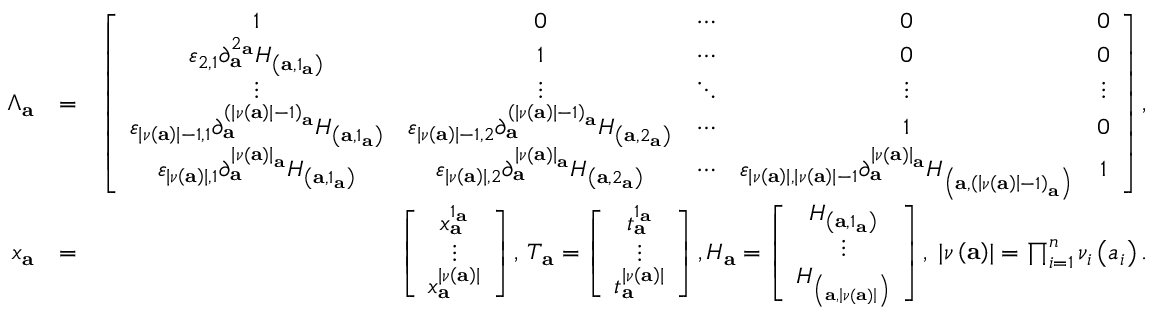
\begin{array} { r l r } { \Lambda _ { \mathbf { a } } } & { = } & { \left[ \begin{array} { c c c c c } { 1 } & { 0 } & { \cdots } & { 0 } & { 0 } \\ { \varepsilon _ { 2 , 1 } \partial _ { \mathbf { a } } ^ { 2 _ { \mathbf { a } } } H _ { \left( \mathbf { a , } 1 _ { \mathbf { a } } \right) } } & { 1 } & { \cdots } & { 0 } & { 0 } \\ { \vdots } & { \vdots } & { \ddots } & { \vdots } & { \vdots } \\ { \varepsilon _ { \left\vert \nu \left( \mathbf { a } \right) \right\vert - 1 , 1 } \partial _ { \mathbf { a } } ^ { \left( \left\vert \nu \left( \mathbf { a } \right) \right\vert - 1 \right) _ { \mathbf { a } } } H _ { \left( \mathbf { a , } 1 _ { \mathbf { a } } \right) } } & { \varepsilon _ { \left\vert \nu \left( \mathbf { a } \right) \right\vert - 1 , 2 } \partial _ { \mathbf { a } } ^ { \left( \left\vert \nu \left( \mathbf { a } \right) \right\vert - 1 \right) _ { \mathbf { a } } } H _ { \left( \mathbf { a , } 2 _ { \mathbf { a } } \right) } } & { \cdots } & { 1 } & { 0 } \\ { \varepsilon _ { \left\vert \nu \left( \mathbf { a } \right) \right\vert , 1 } \partial _ { \mathbf { a } } ^ { \left\vert \nu \left( \mathbf { a } \right) \right\vert _ { \mathbf { a } } } H _ { \left( \mathbf { a , } 1 _ { \mathbf { a } } \right) } } & { \varepsilon _ { \left\vert \nu \left( \mathbf { a } \right) \right\vert , 2 } \partial _ { \mathbf { a } } ^ { \left\vert \nu \left( \mathbf { a } \right) \right\vert _ { \mathbf { a } } } H _ { \left( \mathbf { a , } 2 _ { \mathbf { a } } \right) } } & { \cdots } & { \varepsilon _ { \left\vert \nu \left( \mathbf { a } \right) \right\vert , \left\vert \nu \left( \mathbf { a } \right) \right\vert - 1 } \partial _ { \mathbf { a } } ^ { \left\vert \nu \left( \mathbf { a } \right) \right\vert _ { \mathbf { a } } } H _ { \left( \mathbf { a , } \left( \left\vert \nu \left( \mathbf { a } \right) \right\vert - 1 \right) _ { \mathbf { a } } \right) } } & { 1 } \end{array} \right] , } \\ { x _ { \mathbf { a } } } & { = } & { \left[ \begin{array} { c } { x _ { \mathbf { a } } ^ { 1 _ { \mathbf { a } } } } \\ { \vdots } \\ { x _ { \mathbf { a } } ^ { \left\vert \nu \left( \mathbf { a } \right) \right\vert } } \end{array} \right] \mathrm { , ~ } T _ { \mathbf { a } } = \left[ \begin{array} { c } { t _ { \mathbf { a } } ^ { 1 _ { \mathbf { a } } } } \\ { \vdots } \\ { t _ { \mathbf { a } } ^ { \left\vert \nu \left( \mathbf { a } \right) \right\vert } } \end{array} \right] , H _ { \mathbf { a } } = \left[ \begin{array} { c } { H _ { \left( \mathbf { a , } 1 _ { \mathbf { a } } \right) } } \\ { \vdots } \\ { H _ { \left( _ { \mathbf { a , } \left\vert \nu \left( \mathbf { a } \right) \right\vert } \right) } } \end{array} \right] , \; \lvert \nu \left( \mathbf { a } \right) \rvert = \prod _ { i = 1 } ^ { n } \nu _ { i } \left( a _ { i } \right) . } \end{array}